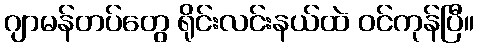
ဂျာမန်တပ်တွေ ရိုင်းလင်းနယ်ထဲ ဝင်ကုန်ပြီ။